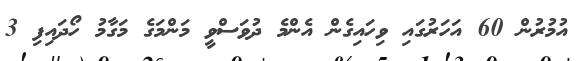
އުމުރުން 60 އަހަރުގައި ވިހައިގެން އެންމެ ދުވަސްވީ މަންމަގެ މަގާމު ހޯދައިފި 3